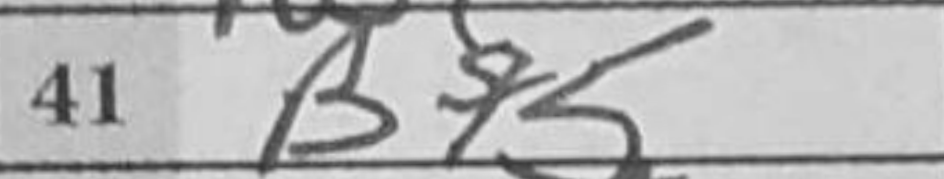
Transcription: Bf5